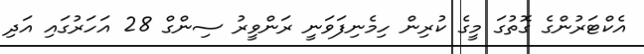
އެކްޓަރުންގެ ގޮތުގަ މީގެ ކުރިން ހިމެނިފަވަނީ ރަންވީރު ސިންގް 28 އަހަރުގައި އަދި